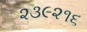
૨૩૯૨૧૬